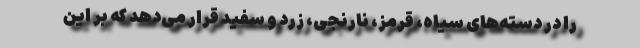
را در دسته‌های سیاه، قرمز، نارنجی، زرد و سفید قرار می‌دهد که بر این